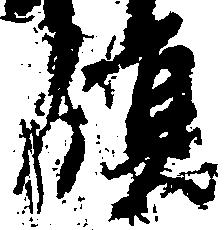
領